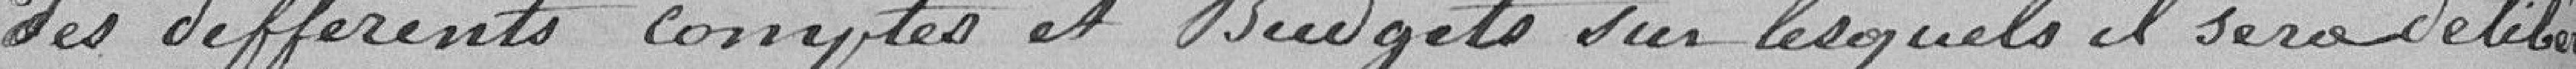
des différents comptes et budgets sur lesquels il sera délibéré